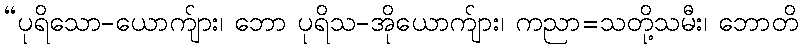
“ပုရိသော-ယောက်ျား၊ ဘော ပုရိသ-အိုယောက်ျား၊ ကညာ=သတို့သမီး၊ ဘောတိ